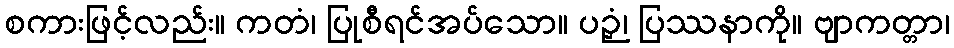
စကားဖြင့်လည်း။ ကတံ၊ ပြုစီရင်အပ်သော။ ပဉှံ၊ ပြဿနာကို။ ဗျာကတ္တာ၊